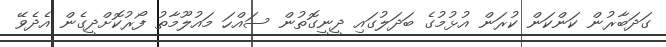
ގަދަބާރުން ކަންކަން ކުރަން އުޅުމުގެ ބަދަލުގައި ދީނީގޮތުން ސައްހަ މައުލޫމާތު ފޯރުކޮށްދީގެން އެދެވޭ